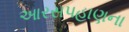
આરસપહાણના